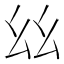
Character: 𢆶